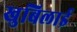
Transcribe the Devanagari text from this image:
खुबिलाई